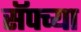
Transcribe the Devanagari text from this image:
सॅपच्या